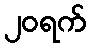
၂၀ရက်